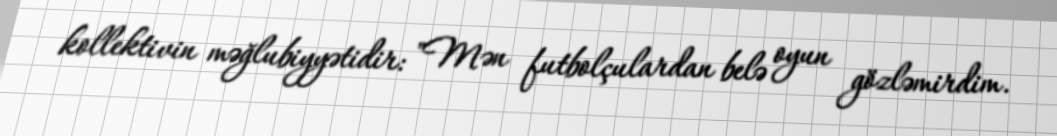
kollektivin məğlubiyyətidir: "Mən futbolçulardan belə oyun gözləmirdim.